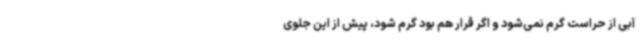
آبی از حراست گرم نمی‌شود و اگر قرار هم بود گرم شود، پیش از این جلوی